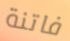
فاتنة